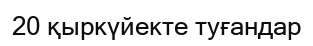
20 қыркүйекте туғандар